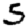
Digit: 5